Vaccine operations Central Provinces 1886-1899 - 1886-1899
Year: 1886
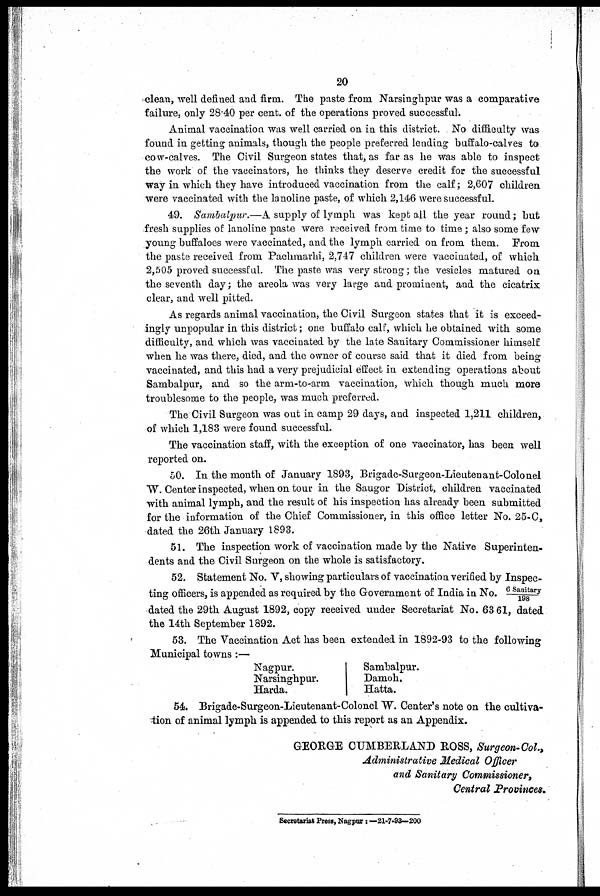
20
clean, well defined and firm. The paste from Narsinghpur was a comparative
failure, only 28.40 per cent. of the operations proved successful.
Animal vaccination was well carried on in this district. No difficulty was
found in getting animals, though the people preferred leading buffalo-calves to
cow-calves. The Civil Surgeon states that, as far as he was able to inspect
the work of the vaccinators, he thinks they deserve credit for the successful
way in which they have introduced vaccination from the calf ; 2,607 children
were vaccinated with the lanoline paste, of which 2,146 were successful.
49. Sambalpur.—A supply of lymph was kept all the year round ; but
fresh supplies of lanoline paste were received from time to time; also some few
young buffaloes were vaccinated, and the lymph carried on from them. From
the paste received from Pachmarhi, 2,747 children were vaccinated, of which
2,505 proved successful. The paste was very strong; the vesicles matured on
the seventh day; the areola was very large and prominent, and the cicatrix
clear, and well pitted.
As regards animal vaccination, the Civil Surgeon states that it is exceed-
ingly unpopular in this district; one buffalo calf, which he obtained with some
difficulty, and which was vaccinated by the late Sanitary Commissioner himself
when he was there, died, and the owner of course said that it died from being
vaccinated, and this had a very prejudicial effect in extending operations about
Sambalpur, and so the arm-to-arm vaccination, which though much more
troublesome to the people, was much preferred.
The Civil Surgeon was out in camp 29 days, and inspected 1,211 children,
of which 1,183 were found successful.
The vaccination staff, with the exception of one vaccinator, has been well
reported on.
50. In the month of January 1893, Brigade-Surgeon-Lieutenant-Colonel
W. Center inspected, when on tour in the Saugor District, children vaccinated
with animal lymph, and the result of his inspection has already been submitted
for the information of the Chief Commissioner, in this office letter No. 25-C,
dated the 26th January 1893.
51. The inspection work of vaccination made by the Native Superinten-
dents and the Civil Surgeon on the whole is satisfactory.
52. Statement No. V, showing particulars of vaccination verified by Inspec-
ting officers, is appended as required by the Government of India in No. 6 Sanitary/198
dated the 29th August 1892, copy received under Secretariat No. 63 61, dated
the 14th September 1892.
53. The Vaccination Act has been extended in 1892-93 to the following
Municipal towns:—
Nagpur.
Narsinghpur.
Harda.
Sambalpur.
Damoh.
Hatta.
54. Brigade-Surgeon-Lieutenant-Colonel W. Center's note on the cultiva-
tion of animal lymph is appended to this report as an Appendix.
GEORGE CUMBERLAND ROSS, Surgeon-Col.,
Administrative Medical Officer
and Sanitary Commissioner,
Central Provinces.
Secretariat Press, Nagpur: — 21-7-93—200